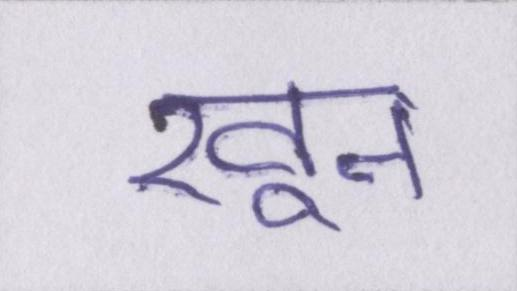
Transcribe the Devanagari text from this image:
खून